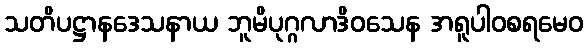
သတိပဋ္ဌာနဒေသနာယ ဘူမိပုဂ္ဂလာဒိဝသေန အရူပါဝစရမေဝ